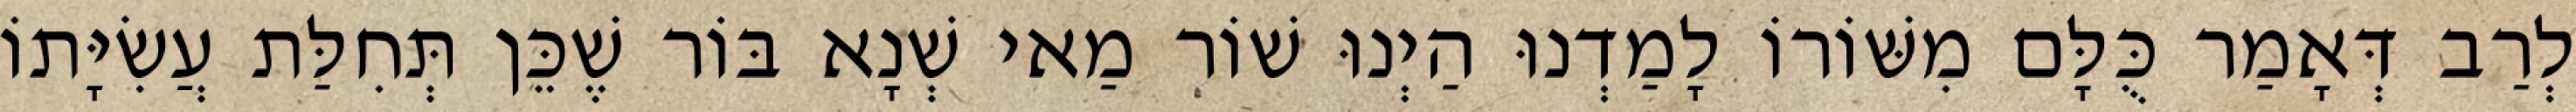
לְרַב דְּאָמַר כֻּלָּם מִשּׁוֹרוֹ לָמַדְנוּ הַיְנוּ שׁוֹר מַאי שְׁנָא בּוֹר שֶׁכֵּן תְּחִלַּת עֲשִׂיָּתוֹ